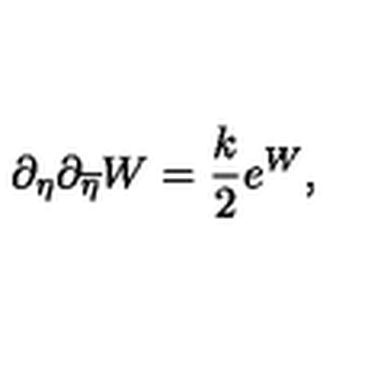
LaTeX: \partial _ { \eta } \partial _ { \overline { { \eta } } } W = { \frac { k } { 2 } } e ^ { W } ,